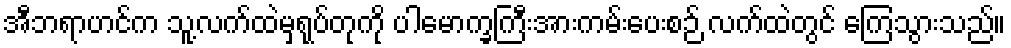
အီဘရာဟင်က သူ့လက်ထဲမှရုပ်တုကို ပါမောက္ခကြီးအားကမ်းပေးစဉ် လက်ထဲတွင် ကြေသွားသည်။